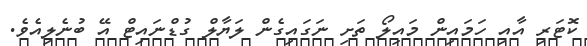
ކޮޓަރި އާއި ހަމައިން މައިލޯ ތަށި ނަގައިގެން ލަޔާލް ގުޑްނައިޓް އޭ ބުނެލިއެވެ.